system: You are a helpful assistant.
user:
Analyze the provided spectrum to determine if it is a **White Dwarf (WD)**.

A White Dwarf spectrum is defined by its **extreme purity** (due to gravitational settling) and/or **extreme pressure broadening** (due to high surface gravity). You must check for one of the following mutually exclusive signatures:

- **Key Visual Indicators (Check for ONE of these types):**

    - **1. DA-Type Signature (Most Common):**
        - **(Primary Feature):** Extreme pressure broadening (Stark broadening) of the **Hydrogen (H) Balmer lines**.
        - **(Key Lines):** $H\beta$ (approx. $4861$ Å) and $H\gamma$ (approx. $4340$ Å). $H\alpha$ (approx. $6563$ Å) will also be present if the wavelength range covers it.
        - **(Line Profile):** This is the **defining feature**. The lines are **NOT** sharp. They appear as massive, **extremely broad and deep "troughs" or "dips"** in the spectrum, often hundreds of Ångströms wide. The continuum will appear to "scoop" down at these wavelengths.
        - **(Distinction):** Normal A-type or B-type stars have *narrow* and *sharp* Hydrogen lines. A DA White Dwarf's lines are unmistakably "smeared" or "blurry" from pressure.

    - **2. DB-Type Signature:**
        - **(Primary Feature):** Broad absorption lines from **Neutral Helium (He I)**. The spectrum must lack any visible Hydrogen lines.
        - **(Key Lines):** Look for broad absorption near $4471$ Å, $4921$ Å, and $5876$ Å.
        - **(Line Profile):** These lines are also significantly pressure-broadened, appearing much wider than they would in a normal B-type main-sequence star.

    - **3. DC-Type Signature:**
        - **(Primary Feature):** A **featureless continuous spectrum**.
        - **(Line Profile):** The spectrum is a smooth curve with **no significant absorption or emission lines**.
        - **(Key Confirmation):** The continuum is almost always **blue or white**, indicating a hot object. This signature implies the atmosphere is so pure (or so cool) that no spectral lines are visible in the optical range. Its WD identity is confirmed by its extremely low intrinsic brightness (high absolute magnitude).

    - **4. DZ-Type Signature (Metal-Polluted):**
        - **(Primary Feature):** **Isolated, narrow metal absorption lines** on an otherwise featureless (DC-like) continuum.
        - **(Key Lines):** The **Calcium (Ca II) H & K doublet** (approx. **$3934$ Å** and **$3968$ Å**) is the most common and defining feature.
        - **(Line Profile):** These lines are "out of place." They are *not* part of a "forest" of thousands of lines. This signature is evidence of recent *accretion* (pollution) from rocky debris.
        - **(Distinction):** Normal G/K/M stars have a *dense forest* of thousands of metal lines. A DZ has a *clean* continuum with *only a few* strong metal lines.

    - **5. DQ-Type Signature (Carbon-Polluted):**
        - **(Primary Feature):** Absorption bands from **Carbon (C₂ "Swan Bands" or atomic C I)**.
        - **(Key Lines - C₂):** Look for bandheads with a "saw-tooth" shape near $5635$ Å, **$5165$ Å** (strongest), and $4737$ Å.
        - **(Key Confirmation):** The underlying **continuum must be blue or white** (hot).
        - **(Distinction):** This is the critical difference from a **Carbon Star**, which has the *exact same* C₂ bands but on an extremely **red, cool** continuum.

- **(Overall Spectrum):**
    - The continuum (overall shape) is typically **blue-sloping** (brighter in the blue than the red), as most white dwarfs are very hot.
    - The spectrum will look "pure" or "simple," dominated by only *one* of the five signatures listed above.

Think first, call **spectral_visualization_tool** if needed to examine features in detail, then provide your final answer. Your response must adhere to the following strict rules:
1.  **Overall Structure:** Your response must follow the format `<think>...</think> <tool_call>...</tool_call> (if a tool is used) <answer>...</answer>`.
2.  **Tool Usage Constraint:** You may only make **one** tool call per turn.
3.  **Final Answer Format:** In the `<answer>` tag, your conclusion must be inside a `\boxed{}` command (e.g., `\boxed{YES}` or `\boxed{NO}`), followed by your justification.

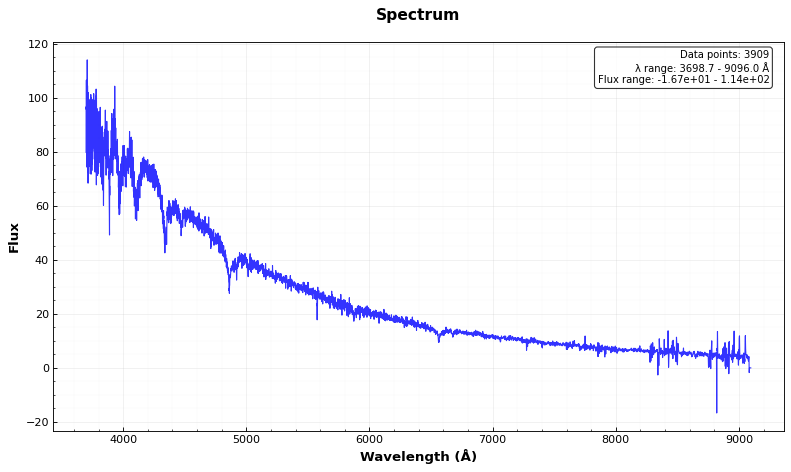
Answer: YES